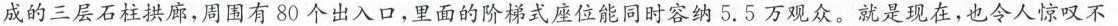
成的三层石柱拱廊，周围有80个出入口，里面的阶梯式座位能同时容纳5.5万观众。就是现在，也令人惊叹不